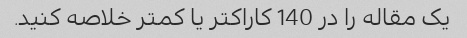
یک مقاله را در 140 کاراکتر یا کمتر خلاصه کنید.